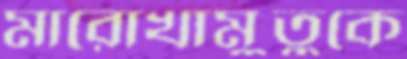
মারোখামুতুকে